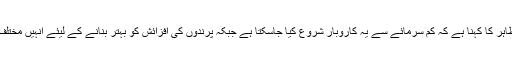
پرندوں کے کاروبار سے وابستہ نوجوان مرزا مطاہر کا کہنا ہے کہ کم سرمائے سے یہ کاروبار شروع کیا جاسکتا ہے جبکہ پرندوں کی افزائش کو بہتر بنانے کے لیئے انہیں مختلف اقسام کی خوراک اور ملٹی وٹامنز دی جاتی ہیں۔